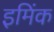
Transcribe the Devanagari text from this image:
इमिंक